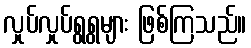
လှုပ်လှုပ်ရွရွများ ဖြစ်ကြသည်။